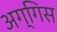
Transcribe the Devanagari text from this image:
अग्गिस